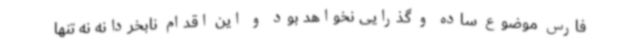
فارس موضوع ساده و گذرایی نخواهد بود و این اقدام نابخردانه نه تنها